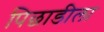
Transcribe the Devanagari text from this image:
पिछाडीला